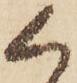
く